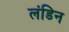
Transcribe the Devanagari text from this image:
लंडिन